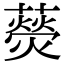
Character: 藀